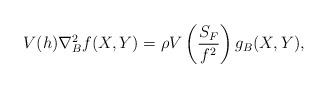
LaTeX: \begin{align*}V(h)\nabla^2_Bf(X,Y)=\rho V\left(\frac{S_F}{f^2}\right)g_B(X,Y),\end{align*}